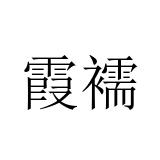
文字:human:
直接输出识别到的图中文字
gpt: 霞襦